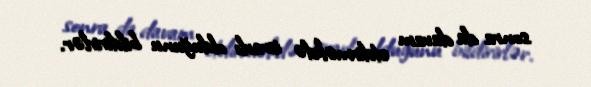
sonra da davam etdirməkdə israrlı olduğunu bildirirlər.